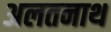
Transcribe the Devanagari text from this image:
अलतनाथ